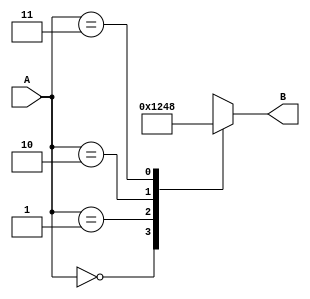
`timescale 1ns / 1ps
/*
 * Project      : University of Utah, XUM Project MIPS32 core
 * Creator(s)   : Grant Ayers (ayers@cs.utah.edu)
 *
 * Modification History:
 *   Rev   Date         Initials  Description of Change
 *   1.0   14-Aug-2012  GEA       Initial design.
 *
 * Standards/Formatting:
 *   Verilog 2001, 4 soft tab, wide column.
 *
 * Description:
 *   A simple 2-to-4 line single bit decoder. Accepts a two bit number
 *   and sets one of four outputs high based on that number.
 *
 *   Mapping:
 *      00  ->  0001
 *      01  ->  0010
 *      10  ->  0100
 *      11  ->  1000
 */
module Decoder_2to4(
    input  [1:0] A,
    output reg [3:0] B
    );

    always @(A) begin
        case (A)
            2'd0 : B <= 4'b0001;
            2'd1 : B <= 4'b0010;
            2'd2 : B <= 4'b0100;
            2'd3 : B <= 4'b1000;
        endcase
    end

endmodule